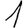
Digit: 1